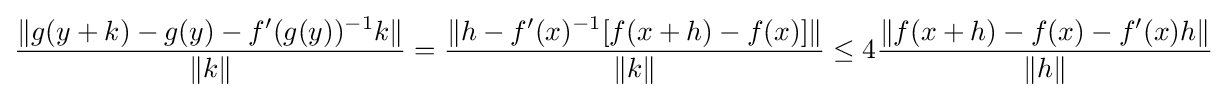
{\|g(y+k)-g(y)-f^{\prime }(g(y))^{-1}k\| \over \|k\|}={\|h-f^{\prime }(x)^{-1}[f(x+h)-f(x)]\| \over \|k\|}\leq 4{\|f(x+h)-f(x)-f^{\prime }(x)h\| \over \|h\|}